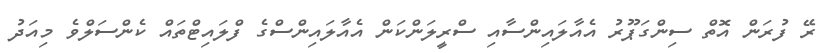
ރޭ ފުރަން އޮތް ސިންގަޕޫރު އެއާލައިންސާއި ސްރީލަންކަން އެއާލައިންސްގެ ފްލައިޓްތައް ކެންސަލްވެ މިއަދު